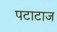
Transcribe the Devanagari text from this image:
पटाटाज